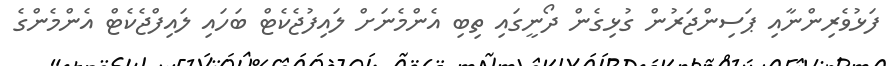
ފަޅުވެރިންނާއި ޕަސިންޖަރުން ގުޅިގެން ދޯނީގައި ތިބި އެންމެނަށް ލައިފުޖެކެޓް ބަހައި ލައިފްޖެކެޓް އެންމެންގެ